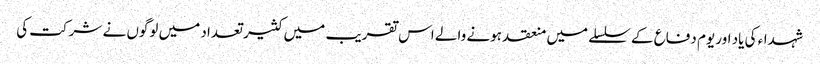
شہداء کی یاد اور یوم دفاع کے سلسلے میں منعقد ہونے والے اس تقریب میں کثیر تعداد میں لوگوں نے شرکت کی